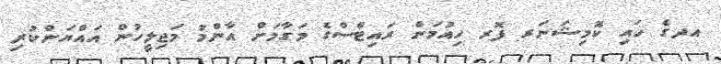
އދގެ ހައި ކޮމިޝަނަރ ފޮރ ހިއުމަން ރައިޓްސްގެ މަގާމަށް އާންމު މަޖިލީހުން އައްޔަންކުރި